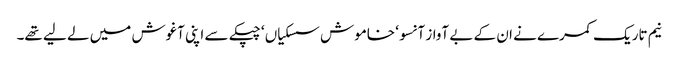
نیم تاریک کمرے نے ان کے بے آواز آنسو ‘ خاموش سسکیاں ‘ چپکے سے اپنی آغوش میں لے لیے تھے۔